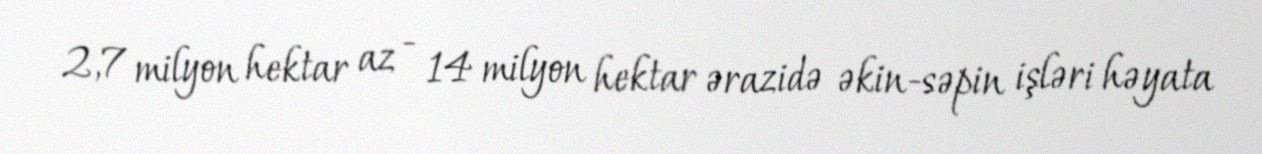
2,7 milyon hektar az - 14 milyon hektar ərazidə əkin-səpin işləri həyata